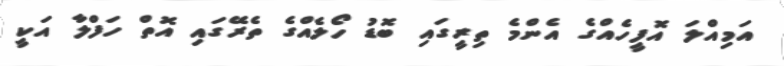
އަމިއްލަ އޮފީހެއްގެ އެންމެ ތިރީގައި ބޮޑު ހޯލެއްގެ ތެރޭގައި އޮތް ހަފްލާ އަކީ